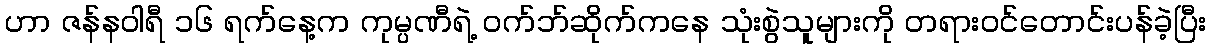
ဟာ ဇန်နဝါရီ ၁၆ ရက်နေ့က ကုမ္ပဏီရဲ့ ဝက်ဘ်ဆိုက်ကနေ သုံးစွဲသူများကို တရားဝင်တောင်းပန်ခဲ့ပြီး